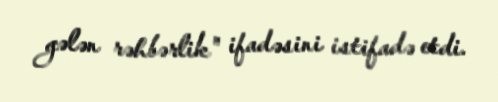
gələn rəhbərlik" ifadəsini istifadə etdi.